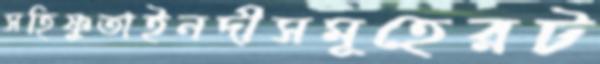
সহিষ্ণুতাইনদীসমূহেরট